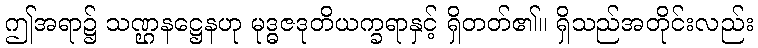
ဤအရာ၌ သဏ္ဌနဋ္ဌေနဟု မုဒ္ဓဇဒုတိယက္ခရာနှင့် ရှိတတ်၏။ ရှိသည်အတိုင်းလည်း